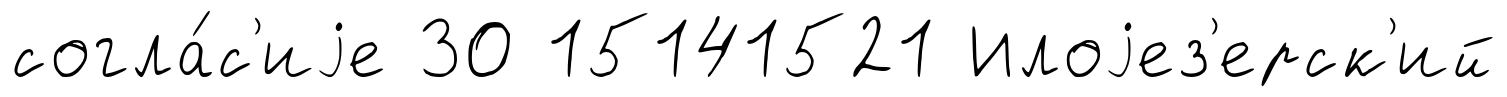
согла́с'иjе 30 15141521 Илоjез'ерск'ий